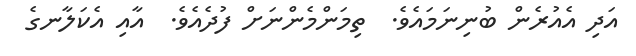
އަދި އެއުރެން ބުނިނަމައެވެ.  ތިމަންމެންނަށް ފުދެއެވެ.  އާއި އެކަލާނގެ